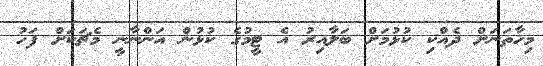
މިހާތަނަށް ދެއްކި ކުޅުމަށް ބަލާއިރު އެ ޓީމުގެ ކުޅުން އަންނާނީ މެޗަކަށް ފަހު